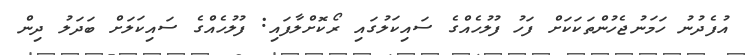
އުފެދުނު ހަމަނުޖެހުންތަކަކަށް ފަހު ފުލުހެއްގެ ސައިކަލުގައި ރޯކޮށްލާފައި: ފުލުހެއްގެ ސައިކަލަށް ބަދަލު ދިން